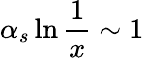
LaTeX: \alpha_{s}\ln{\frac{1}{x}}\sim 1